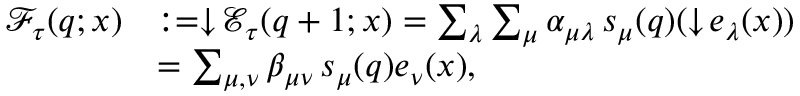
\begin{array} { r l } { \mathcal { F } _ { \tau } ( \boldsymbol { q } ; \boldsymbol { x } ) } & { : = \downarrow \! \mathcal { E } _ { \tau } ( \boldsymbol { q } + 1 ; \boldsymbol { x } ) = \sum _ { \lambda } \sum _ { \mu } \alpha _ { \mu \lambda } \, s _ { \mu } ( \boldsymbol { q } ) ( \downarrow \! e _ { \lambda } ( \boldsymbol { x } ) ) } \\ & { = \sum _ { \mu , \nu } \beta _ { \mu \nu } \, s _ { \mu } ( \boldsymbol { q } ) e _ { \nu } ( \boldsymbol { x } ) , } \end{array}